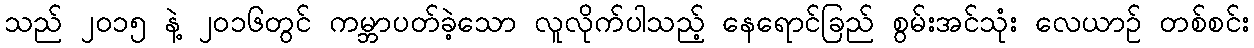
သည် ၂၀၁၅ နဲ့ ၂၀၁၆တွင် ကမ္ဘာပတ်ခဲ့သော လူလိုက်ပါသည့် နေရောင်ခြည် စွမ်းအင်သုံး လေယာဉ် တစ်စင်း